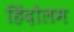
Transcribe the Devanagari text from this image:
हिंदोलम